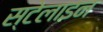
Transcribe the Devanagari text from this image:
स्टेलाइन